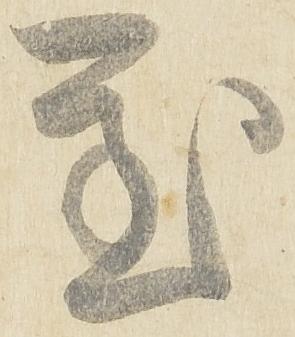
至